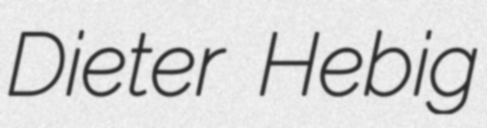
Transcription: Dieter Hebig